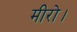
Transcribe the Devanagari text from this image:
मीरो।